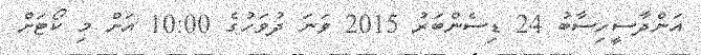
އަންދާސީހިސާބު 24 ޑިސެންބަރު 2015 ވަނަ ދުވަހުގެ 10:00 އަށް މި ކޯޓަށް